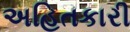
અહિતકારી